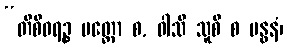
“တိစီဝရဉ္စ ပတ္တော စ, ဝါသိ သူစိ စ ဗန္ဓနံ၊